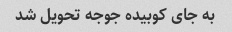
به جای کوبیده جوجه تحویل شد